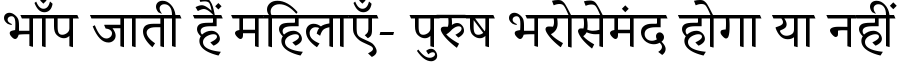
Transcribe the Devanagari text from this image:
भाँप जाती हैं महिलाएँ- पुरुष भरोसेमंद होगा या नहीं